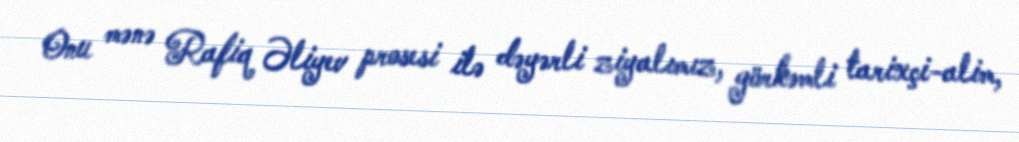
Onu mənə Rafiq Əliyev prosesi ilə dəyərli ziyalımız, görkəmli tarixçi-alim,